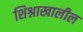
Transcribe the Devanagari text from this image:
शिश्नाखालील